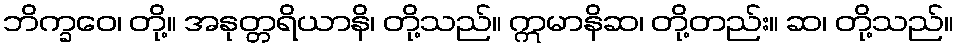
ဘိက္ခဝေ၊ တို့။ အနုတ္တရိယာနိ၊ တို့သည်။ ဣမာနိဆ၊ တို့တည်း။ ဆ၊ တို့သည်။